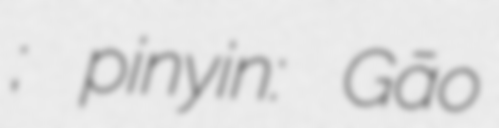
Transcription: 高以翔; pinyin: Gāo